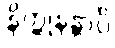
နိတ္ထုနန္တာပိ